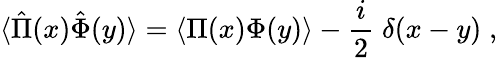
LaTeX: \langle\hat{\Pi}(x)\hat{\Phi}(y)\rangle=\langle\Pi(x)\Phi(y)\rangle-{\frac{i}{2}}\; \delta(x-y)\; ,